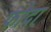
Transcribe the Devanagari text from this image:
फोदा